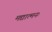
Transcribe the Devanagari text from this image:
मद्यात्मनः